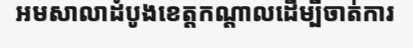
អមសាលាដំបូងខេត្តកណ្តាលដើម្បីចាត់ការ